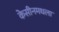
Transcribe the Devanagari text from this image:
केसीनमधला